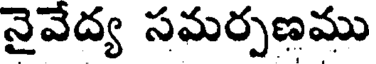
నైవేద్య సమర్పణము